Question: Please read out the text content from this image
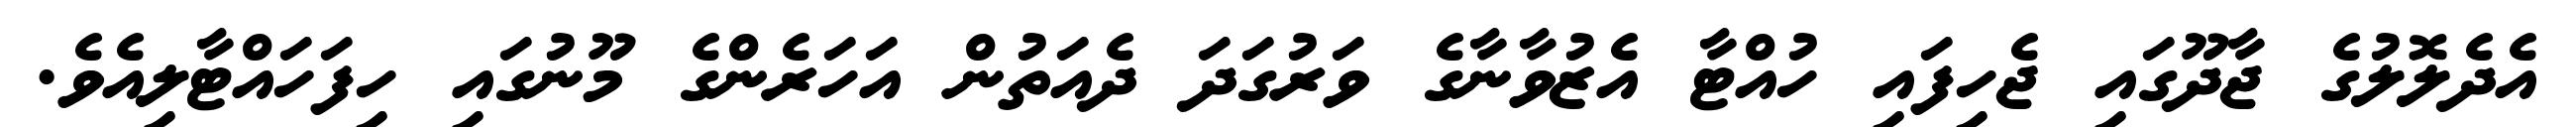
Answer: އެދެލޮލުގެ ޖާދޫގައި ޖެހިފައި ހުއްޓާ އެޒުވާނާގެ ވަރުގަދަ ދެއަތުން އަހަރެންގެ މޫނުގައި ހިފަހައްޓާލިއެވެ.